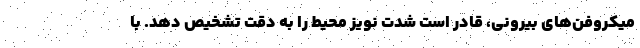
میکروفن‌های بیرونی، قادر است شدت نویز محیط را به دقت تشخیص دهد. با